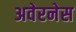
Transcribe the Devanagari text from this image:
अवेरनेस